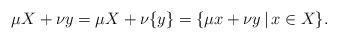
LaTeX: \begin{align*}\mu X + \nu y = \mu X + \nu \{ y \} = \{ \mu x + \nu y \, \vert \, x \in X \}.\end{align*}